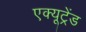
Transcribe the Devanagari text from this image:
एक्यूट्रेंड